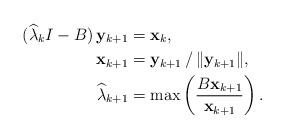
LaTeX: \begin{align*}(\widehat{\lambda }_{k}I-B)\,\mathbf{y}_{k+1}& =\mathbf{x}_{k}, \\\mathbf{x}_{k+1}& =\mathbf{y}_{k+1}\,/\,\Vert \mathbf{y}_{k+1}\Vert , \\\widehat{\lambda }_{k+1}& =\max \left( \frac{B\mathbf{x}_{k+1}}{\mathbf{x}_{k+1}}\right) . \end{align*}